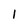
Character: 1